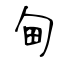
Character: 甸